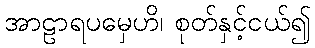
အာဠာရပမှေဟိ၊ စုတ်နှင့်ငယ်၍